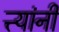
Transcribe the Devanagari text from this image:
त्त्यांनी